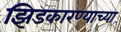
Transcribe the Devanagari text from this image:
झिडकारण्याच्या